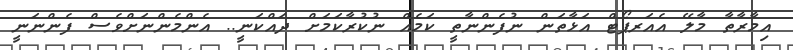
އިމާރާތާ މާލޭ އެެއަރޕޯޓް އަޅާތަން ނުފެންނާތީ ކަމެއް ނުކުރާކަމަށް ދައްކަނީ.. އެންމެންނަށްވެސް ފެންނަނީ